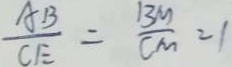
\frac { A B } { C E } = \frac { B M } { C M } = 1